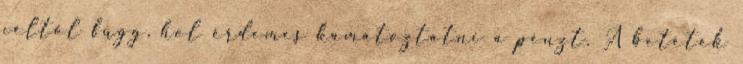
céltól függ, hol érdemes kamatoztatni a pénzt. A betétek